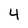
Character: 4